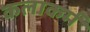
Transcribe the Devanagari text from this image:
कलाकर्म